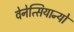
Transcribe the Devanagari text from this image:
वेनेत्सियान्यो